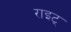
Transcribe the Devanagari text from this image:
राइट्‍